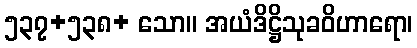
၅၃၇+၅၃၈+ သော။ အယံဒိဋ္ဌိသုခဝိဟာရော၊